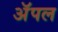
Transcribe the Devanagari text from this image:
अॅपल